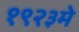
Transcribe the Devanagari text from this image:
१९२३मे